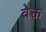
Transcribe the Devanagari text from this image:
वेक्त